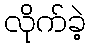
လိုက်ခဲ့